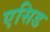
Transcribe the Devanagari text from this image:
एसिड